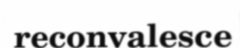
reconvalesce